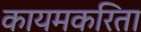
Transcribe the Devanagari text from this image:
कायमकरिता